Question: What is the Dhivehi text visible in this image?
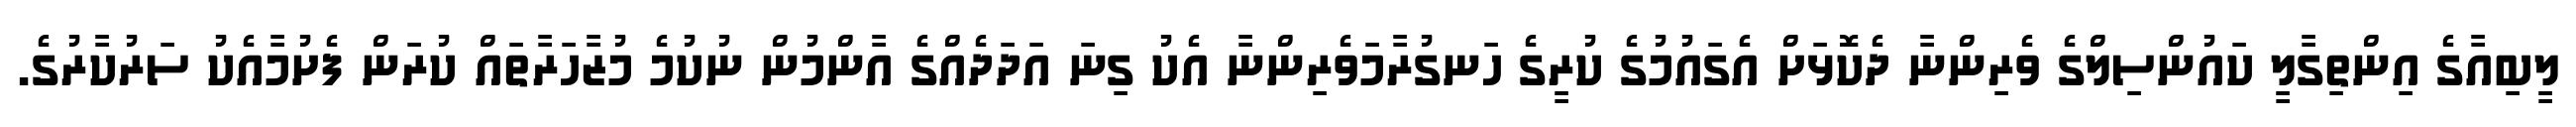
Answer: ލީބިއާގެ އިންތިގާލީ ކައުންސިލްގެ ވެރިންނާ ދެކޮޅަށް އެގައުމުގެ ކުރީގެ ހަނގުރާމަވެރިންނާ އެކު ގިނަ އަދަދެއްގެ އާންމުން ނުކުމެ މުޒާހަރާތައް ކުރަން ފެށުމާއެކު ސަރުކާރުގެ.